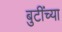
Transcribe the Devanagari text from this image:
बुटींच्या